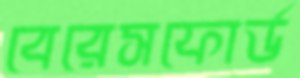
বেরেসফোর্ড